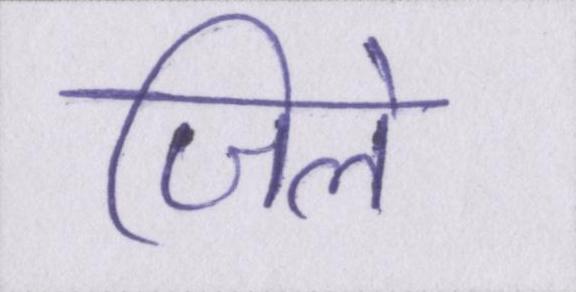
जिले